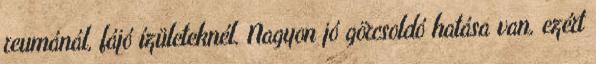
reumánál, fájó ízületeknél. Nagyon jó görcsoldó hatása van, ezért